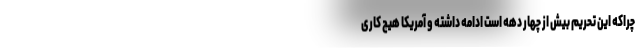
چراکه این تحریم بیش از چهار دهه است ادامه داشته و آمریکا هیچ کاری